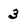
Character: 3